Indian journal of veterinary science and animal husbandry - Volume 5,
Year: 1935
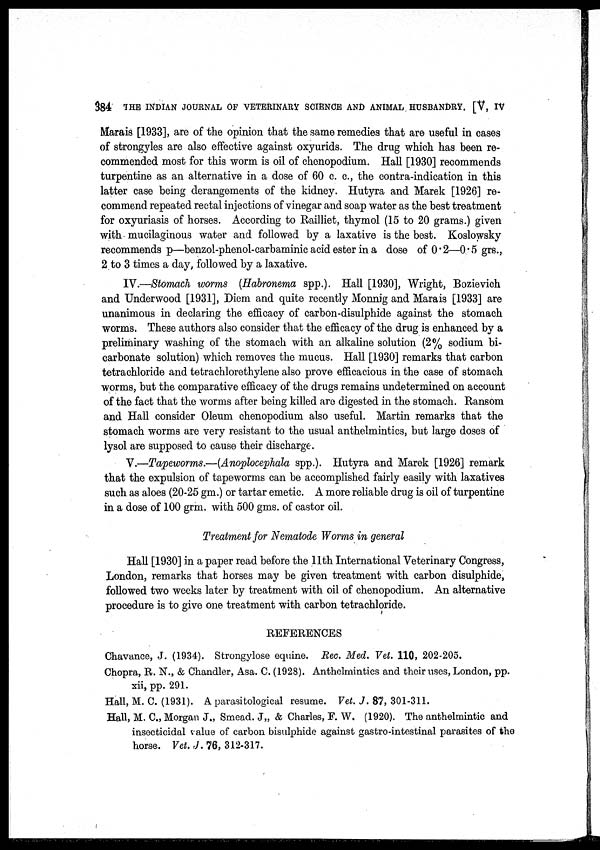
384 THE INDIAN JOURNAL OF VETERINARY SCIENCE AND ANIMAL HUSBANDRY. [V, IV
Marais [1933], are of the opinion that the same remedies that are useful in cases
of strongyles are also effective against oxyurids. The drug which has been re-
commended most for this worm is oil of chenopodium. Hall [1930] recommends
turpentine as an alternative in a dose of 60 c. c., the contra-indication in this
latter case being derangements of the kidney. Hutyra and Marek [1926] re-
commend repeated rectal injections of vinegar and soap water as the best treatment
for oxyuriasis of horses. According to Railliet, thymol (15 to 20 grams.) given
with mucilaginous water and followed by a laxative is the best. Koslowsky
recommends p—benzol-phenol-carbaminic acid ester in a dose of 0.2—0.5 grs.,
2 to 3 times a day, followed by a laxative.
IV.—Stomach worms (Habronema spp.). Hall [1930], Wright, Bozievich
and Underwood [1931], Diem and quite recently Monnig and Marais [1933] are
unanimous in declaring the efficacy of carbon-disulphide against the stomach
worms. These authors also consider that the efficacy of the drug is enhanced by a
preliminary washing of the stomach with an alkaline solution (2% sodium bi-
carbonate solution) which removes the mucus. Hall [1930] remarks that carbon
tetrachloride and tetrachlorethylene also prove efficacious in the case of stomach
worms, but the comparative efficacy of the drugs remains undetermined on account
of the fact that the worms after being killed are digested in the stomach. Ransom
and Hall consider Oleum chenopodium also useful. Martin remarks that the
stomach worms are very resistant to the usual anthelmintics, but large doses of
lysol are supposed to cause their discharge.
V.—Tapeworms.—(Anoplocephala spp.). Hutyra and Marek [1926] remark
that the expulsion of tapeworms can be accomplished fairly easily with laxatives
such as aloes (20-25 gm.) or tartar emetic. A more reliable drug is oil of turpentine
in a dose of 100 grm. with 500 gms. of castor oil.
Treatment for Nematode Worms in general
Hall [1930] in a paper read before the 11th International Veterinary Congress,
London, remarks that horses may be given treatment with carbon disulphide,
followed two weeks later by treatment with oil of chenopodium. An alternative
procedure is to give one treatment with carbon tetrachloride.
REFERENCES
Chavance, J. (1934). Strongylose equine. Rec. Med. Vet. 110, 202-205.
Chopra, R. N., & Chandler, Asa. C. (1928). Anthelmintics and their uses, London, pp.
xii, pp. 291.
Hall, M. C. (1931). A parasitological resume. Vet. J. 87, 301-311.
Hall, M. C., Morgan J., Smead. J,, & Charles, F. W. (1920). The anthelmintic and
insecticidal value of carbon bisulphide against gastro-intestinal parasites of the
horse. Vet. J. 76, 312-317.